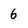
Character: 6